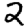
Digit: 2